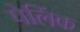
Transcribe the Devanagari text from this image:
पेलिंक